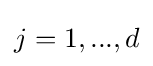
j=1,...,d